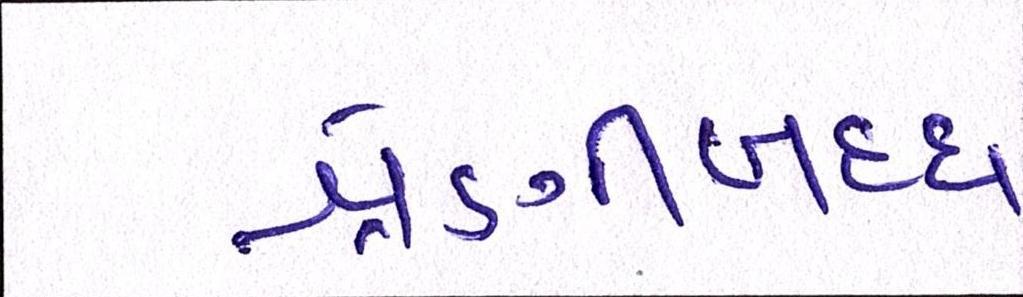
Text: શ્રેણીબધ્ધ